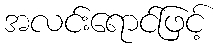
အလင်းရောင်ဖြင့်